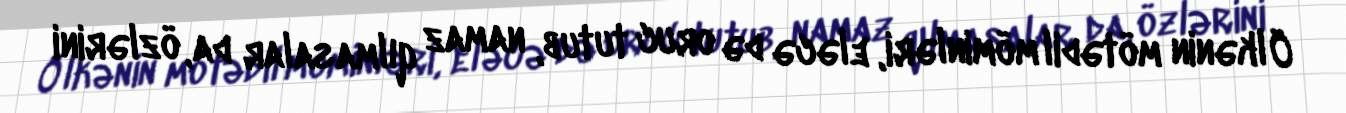
Ölkənin mötədil möminləri, eləcə də oruc tutub, namaz qılmasalar da, özlərini